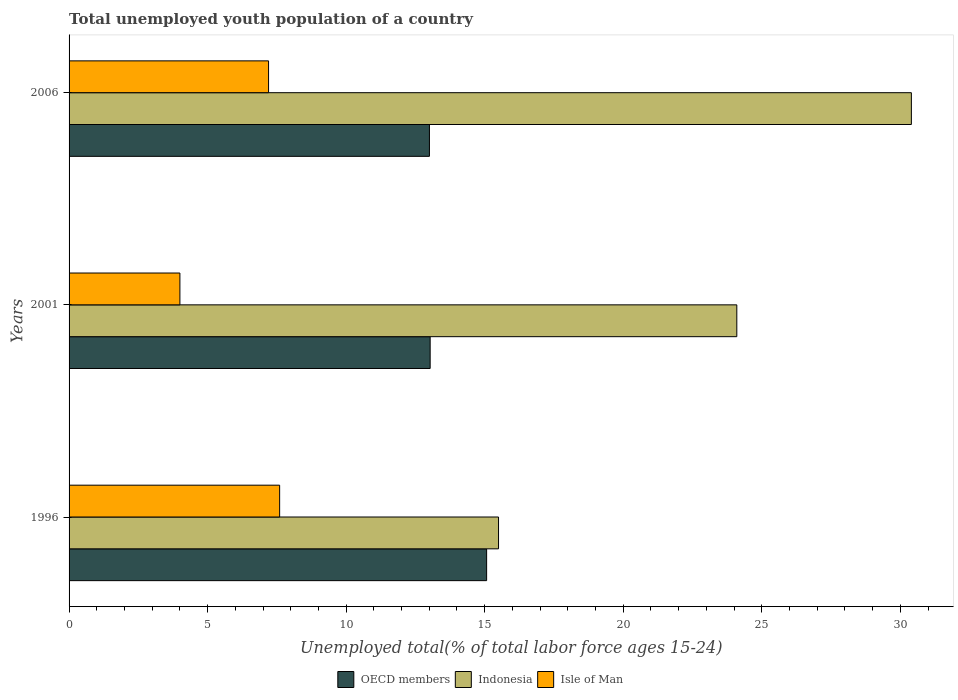
| Years | OECD members | Indonesia | Isle of Man |
 | --- | --- | --- | --- |
 | 1996 | 15.1 | 15.5 | 7.6 |
 | 2001 | 13 | 24.1 | 4 |
 | 2006 | 13 | 30.4 | 7.2 |